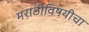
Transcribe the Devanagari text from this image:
मराठीविषयीचा